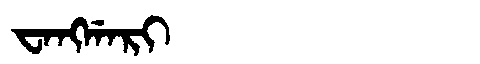
Manchu: ᠸᠠᠩᡤᠠᡵᡳ
Romanization: WANGGARI